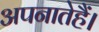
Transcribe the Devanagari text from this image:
अपनातेहैं।